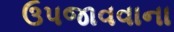
ઉપજાવવાના